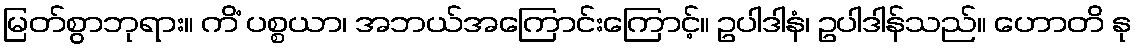
မြတ်စွာဘုရား။ ကိံ ပစ္စယာ၊ အဘယ်အကြောင်းကြောင့်။ ဥပါဒါနံ၊ ဥပါဒါန်သည်။ ဟောတိ နု